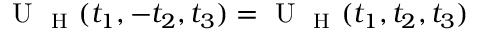
\mathrm { ~ U ~ } _ { \mathrm { ~ H ~ } } ( t _ { 1 } , - t _ { 2 } , t _ { 3 } ) = \mathrm { ~ U ~ } _ { \mathrm { ~ H ~ } } ( t _ { 1 } , t _ { 2 } , t _ { 3 } )